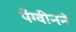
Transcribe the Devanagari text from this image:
पेंग्वीनने